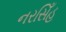
નરસિઁહ